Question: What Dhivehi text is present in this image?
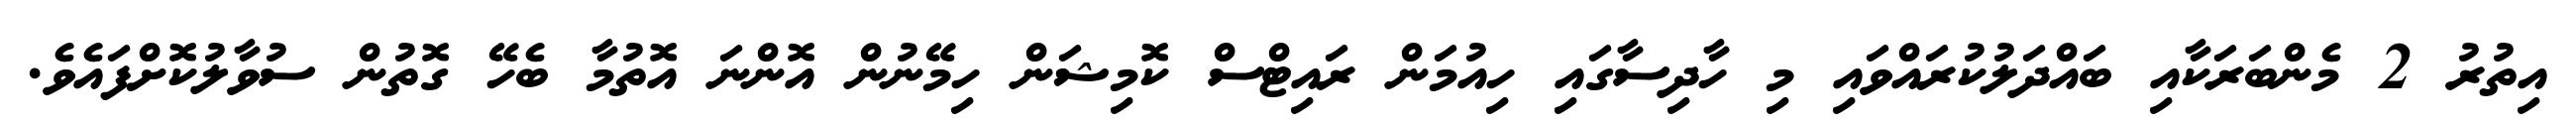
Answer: އިތުރު 2 މެންބަރަކާއި ބައްދަލުކުރައްވައި މި ހާދިސާގައި ހިއުމަން ރައިޓްސް ކޮމިޝަން ހިމޭނުން އޮންނަ އޮތުމާ ބެހޭ ގޮތުން ސުވާލުކޮށްފައެވެ.